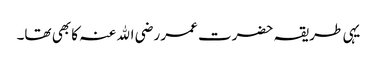
یہی طریقہ حضرت عمر رضی اﷲ عنہ کا بھی تھا۔